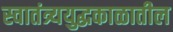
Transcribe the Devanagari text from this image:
स्वातंत्र्ययुद्धकाळातील